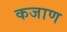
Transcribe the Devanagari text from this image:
कजाण